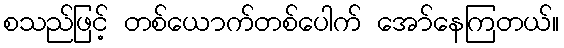
စသည်ဖြင့် တစ်ယောက်တစ်ပေါက် အော်နေကြတယ်။